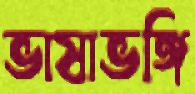
ভাষাভঙ্গি